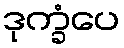
ဒုက္ခံပေ